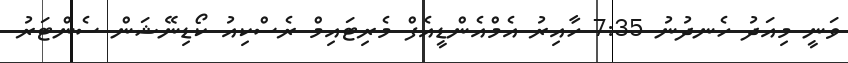
ވަނީ މިއަދު ހެނދުނު 7:35 ހާއިރު އެމްއެންޑީއެފް މެރިޓައިމް ރެސްކިއު ކޯޑިނޭޝަން ސެންޓަރު